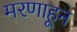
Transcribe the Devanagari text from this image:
मरणाहून